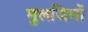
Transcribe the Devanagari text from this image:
मुलजिमों